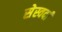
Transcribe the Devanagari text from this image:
सेस्वर्दा